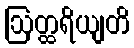
ဩတ္ထရိယျတိ